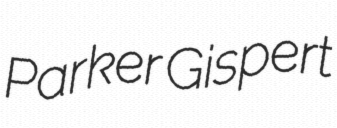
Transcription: Parker Gispert